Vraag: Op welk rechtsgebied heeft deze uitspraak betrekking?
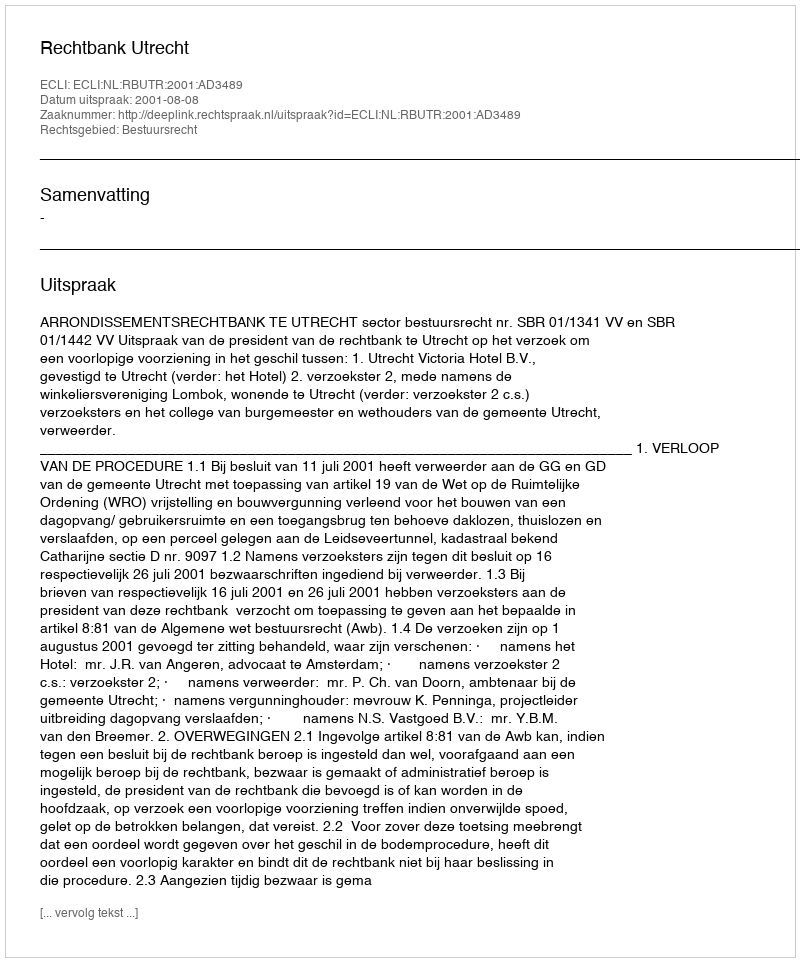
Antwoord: Bestuursrecht